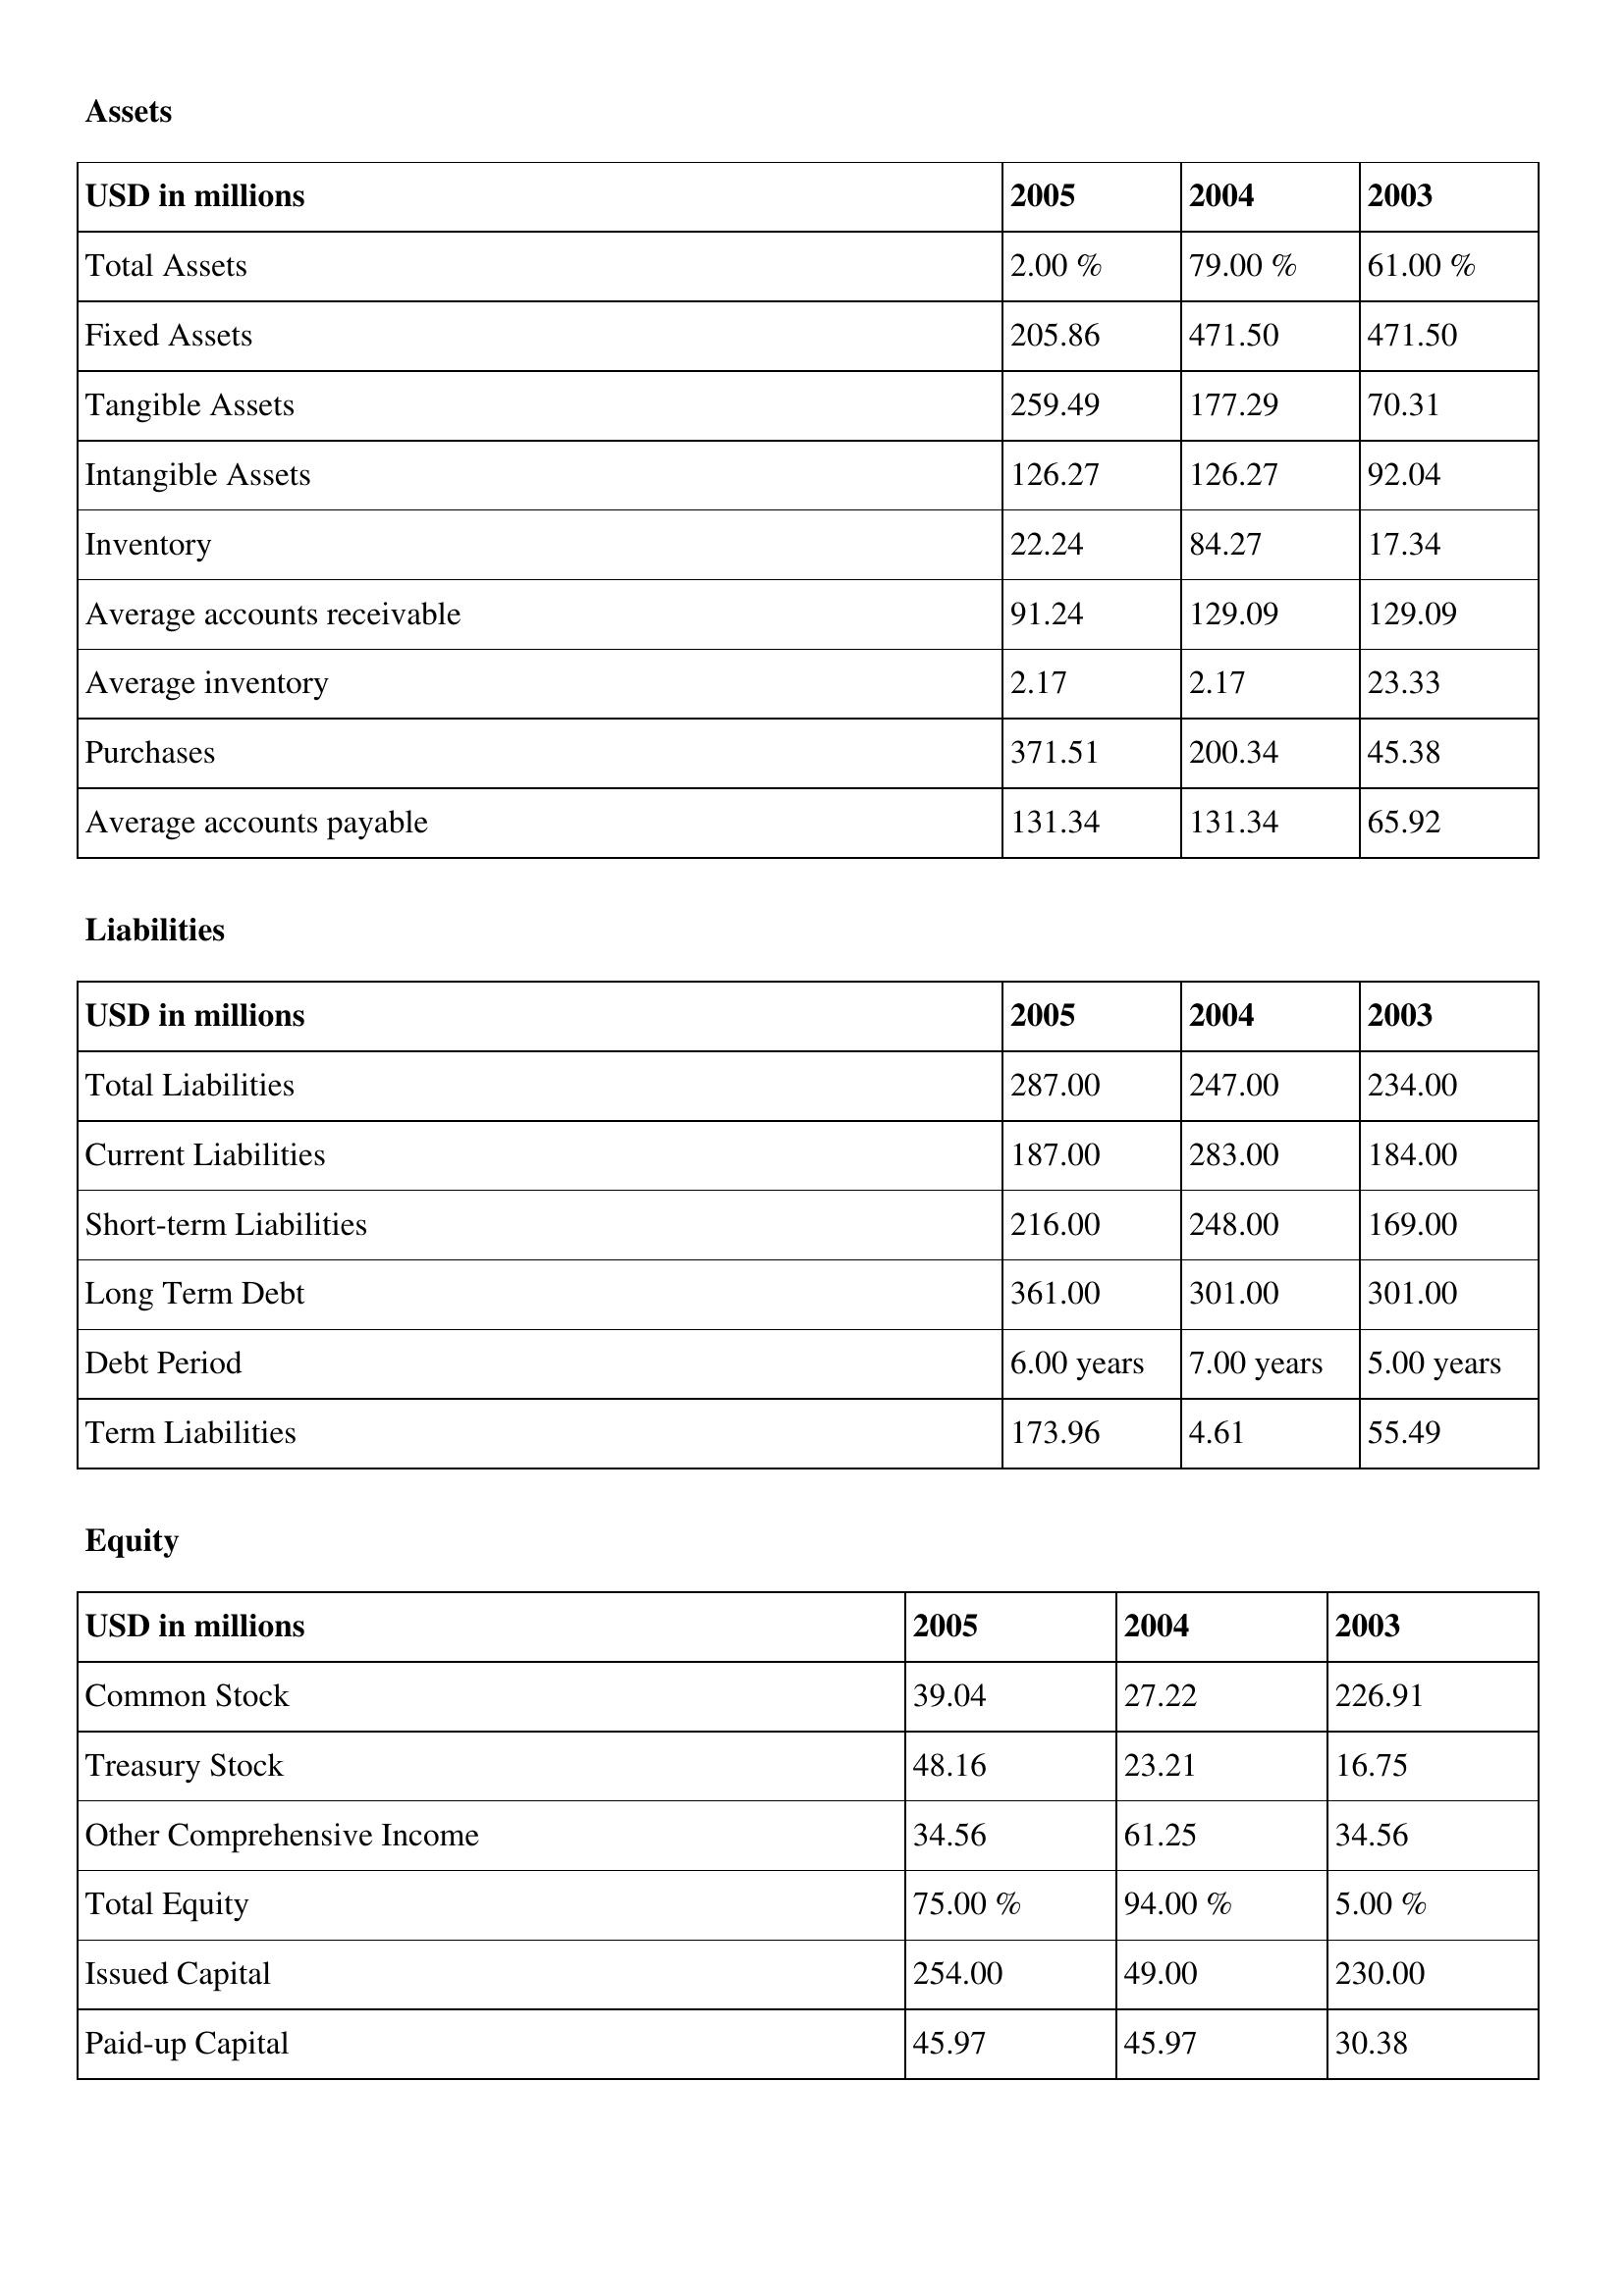
gt_parse: 2005: Assets: Total Assets: 2.00 %
Fixed Assets: 205.86
Tangible Assets: 259.49
Intangible Assets: 126.27
Inventory: 22.24
Average accounts receivable: 91.24
Average inventory: 2.17
Purchases: 371.51
Average accounts payable: 131.34
Liabilities: Total Liabilities: 287.00
Current Liabilities: 187.00
Short-term Liabilities: 216.00
Long Term Debt: 361.00
Debt Period: 6.00 years
Term Liabilities: 173.96
Equity: Common Stock: 39.04
Treasury Stock: 48.16
Other Comprehensive Income: 34.56
Total Equity: 75.00 %
Issued Capital: 254.00
Paid-up Capital: 45.97
2004: Assets: Total Assets: 79.00 %
Fixed Assets: 471.50
Tangible Assets: 177.29
Intangible Assets: 126.27
Inventory: 84.27
Average accounts receivable: 129.09
Average inventory: 2.17
Purchases: 200.34
Average accounts payable: 131.34
Liabilities: Total Liabilities: 247.00
Current Liabilities: 283.00
Short-term Liabilities: 248.00
Long Term Debt: 301.00
Debt Period: 7.00 years
Term Liabilities: 4.61
Equity: Common Stock: 27.22
Treasury Stock: 23.21
Other Comprehensive Income: 61.25
Total Equity: 94.00 %
Issued Capital: 49.00
Paid-up Capital: 45.97
2003: Assets: Total Assets: 61.00 %
Fixed Assets: 471.50
Tangible Assets: 70.31
Intangible Assets: 92.04
Inventory: 17.34
Average accounts receivable: 129.09
Average inventory: 23.33
Purchases: 45.38
Average accounts payable: 65.92
Liabilities: Total Liabilities: 234.00
Current Liabilities: 184.00
Short-term Liabilities: 169.00
Long Term Debt: 301.00
Debt Period: 5.00 years
Term Liabilities: 55.49
Equity: Common Stock: 226.91
Treasury Stock: 16.75
Other Comprehensive Income: 34.56
Total Equity: 5.00 %
Issued Capital: 230.00
Paid-up Capital: 30.38